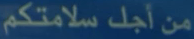
من أجل سلامتكم